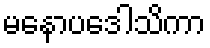
မနောပဒေါသိကာ